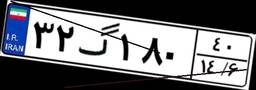
۳۲گ۱۸۰۴۰